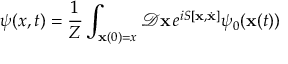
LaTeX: \psi ( x , t ) = { \frac { 1 } { Z } } \int _ { \mathbf { x } ( 0 ) = x } { \mathcal { D } } \mathbf { x } \, e ^ { i S [ \mathbf { x } , { \dot { \mathbf { x } } } ] } \psi _ { 0 } ( \mathbf { x } ( t ) )